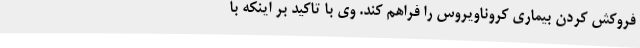
فروکش کردن بیماری کروناویروس را فراهم کند. وی با تاکید بر اینکه با